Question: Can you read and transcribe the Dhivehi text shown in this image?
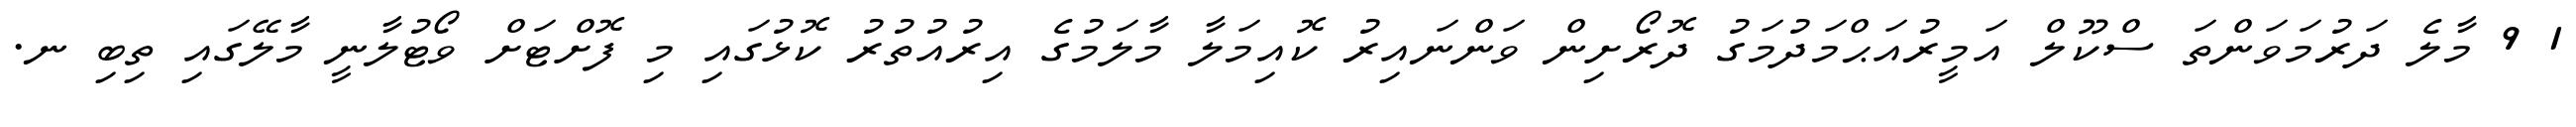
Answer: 1 9 މާލެ ދަރުމަވަންތަ ސްކޫލް އަމީރުއަޙްމަދުމަގު ދޮރޯށިން ވަންނައިރު ކޮއިމަލާ މާލަމުގެ އިރުއުތުރު ކޮޅުގައި މި ފޮށްޓަށް ވޯޓުލާނީ މާލޭގައި ތިބި ނ.